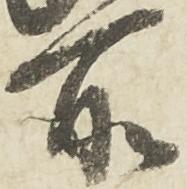
所